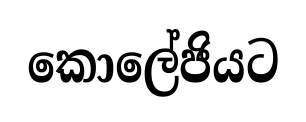
කොලේජියට